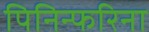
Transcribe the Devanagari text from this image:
पिनिन्फरिना